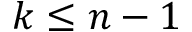
k \leq n - 1